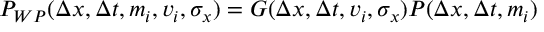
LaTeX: P _ { W P } ( \Delta x , \Delta t , m _ { i } , v _ { i } , \sigma _ { x } ) = G ( \Delta x , \Delta t , v _ { i } , \sigma _ { x } ) P ( \Delta x , \Delta t , m _ { i } )